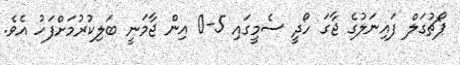
ޕޯޗުގަލް ފައިނަލުގެ ޖާގަ ހޯދީ ސެމީގައި 5-0 އިން ޖާމަނީ ބަލިކުރުމަށްފަހު އެވެ.